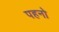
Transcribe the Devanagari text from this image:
पहनो